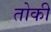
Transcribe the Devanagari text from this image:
तोकी